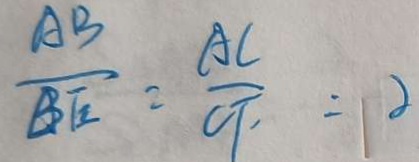
\frac { A B } { B E } = \frac { A C } { C F } = 2